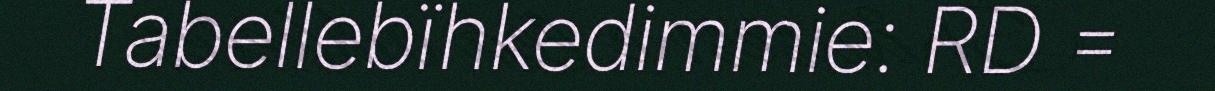
Tabellebïhkedimmie: RD =